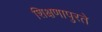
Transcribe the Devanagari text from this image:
शिक्षणापुरते